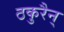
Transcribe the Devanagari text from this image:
ठकुरैन्